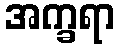
အက္ခရာ